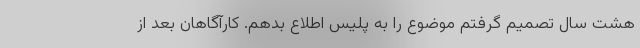
هشت سال تصمیم گرفتم موضوع را به پلیس اطلاع بدهم. کارآگاهان بعد از